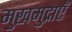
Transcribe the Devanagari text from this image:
मुखमुद्राएँ